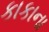
કાકાના